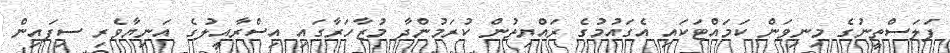
ފަލަސްތީނުގެ މިނިވަން ކަމައްޓަކައި އެގައުމުގެ ރައްޔިތުން ކުރަމުންދާ މުޒާހަރާގައި އިސްރާއީލުގެ އަނިޔާވެރި ސިފައިން